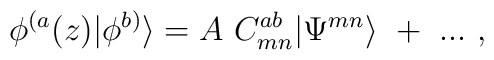
\phi^{(a}(z)|\phi^{b)}\rangle=A~C^{ab}_{mn}|\Psi^{mn}\rangle~+~...~,